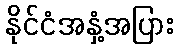
နိုင်ငံအနှံ့အပြား